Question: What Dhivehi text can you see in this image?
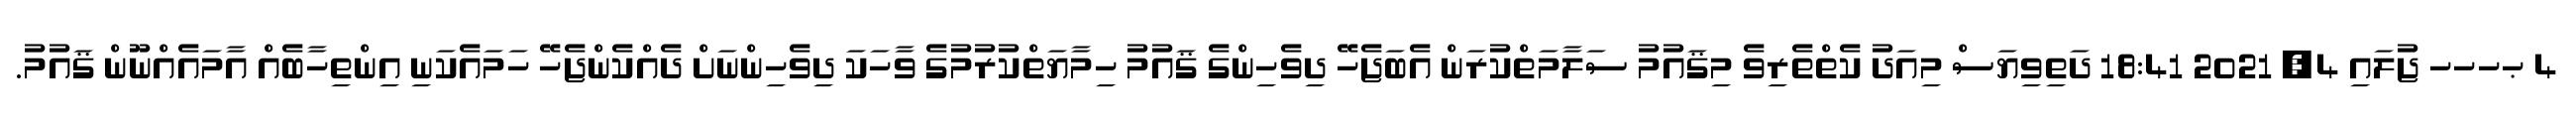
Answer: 4 ޙހހހ ޖުލައި 4, 2021 18:41 ދަތިވިޔަސް މިއަދު ކެތްތެރިވެ މިޤައުމު ސަލާމަތްކުރަން އެބަޖެހޭ ދިވެހިންގެ ޤައުމު ހިމާޔަތްކުރުމުގެ ވާހަކަ ދިވެހިންނަށް ދެއްކެންޖެހޭ ހަމައެކަނި އިންތިހާބެއް އާމައެއްނޫން ޤައުމު.